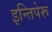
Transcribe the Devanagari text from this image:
इन्तिपेरू